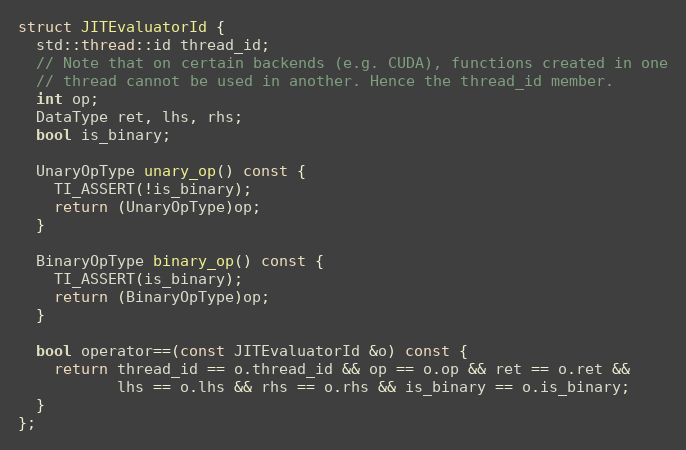
Language: C
struct JITEvaluatorId {
  std::thread::id thread_id;
  // Note that on certain backends (e.g. CUDA), functions created in one
  // thread cannot be used in another. Hence the thread_id member.
  int op;
  DataType ret, lhs, rhs;
  bool is_binary;

  UnaryOpType unary_op() const {
    TI_ASSERT(!is_binary);
    return (UnaryOpType)op;
  }

  BinaryOpType binary_op() const {
    TI_ASSERT(is_binary);
    return (BinaryOpType)op;
  }

  bool operator==(const JITEvaluatorId &o) const {
    return thread_id == o.thread_id && op == o.op && ret == o.ret &&
           lhs == o.lhs && rhs == o.rhs && is_binary == o.is_binary;
  }
};